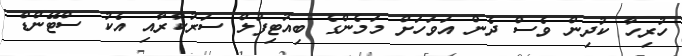
ހުރިހާ ކުދިން ވެސް ދެން އަވަހަށް މަމެންގެ ބިއުޓިފުލް ސަރުކާރާއި އެކު ސްޓޭންޑް